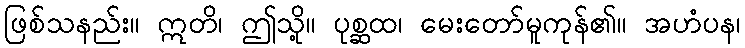
ဖြစ်သနည်း။ ဣတိ၊ ဤသို့။ ပုစ္ဆထ၊ မေးတော်မူကုန်၏။ အဟံပန၊